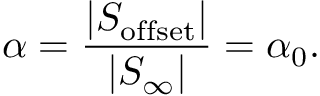
\alpha = \frac { | S _ { \mathrm { o f f s e t } } | } { | S _ { \infty } | } = \alpha _ { 0 } .